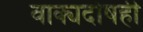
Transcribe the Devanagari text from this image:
वाक्यदोषही